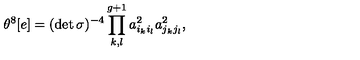
\theta ^ { 8 } [ e ] = ( \det { \sigma } ) ^ { - 4 } \prod _ { k , l } ^ { g + 1 } a _ { i _ { k } i _ { l } } ^ { 2 } a _ { j _ { k } j _ { l } } ^ { 2 } ,